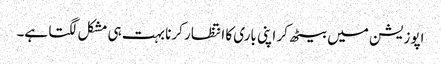
اپوزیشن میں بیٹھ کر اپنی باری کا انتظار کرنا بہت ہی مشکل لگتا ہے۔